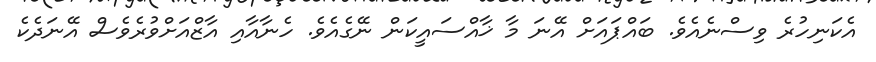
އެކަނިހުރެ ވިސްނެއެވެ. ބައްޕައަށް އޭނަ މާ ޚާއްސައީކަން ނޭގެއެވެ. ހެނާއާއި އާޒްއަށްވުރެވެސް އޭނަދެކެ